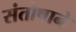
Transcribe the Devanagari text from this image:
संतोषाने